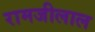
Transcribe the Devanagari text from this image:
रामजीलाल